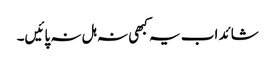
شائد اب یہ کبھی نہ ہل نہ پائیں۔